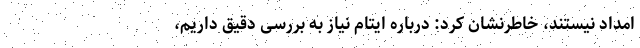
امداد نیستند، خاطرنشان کرد: درباره ایتام نیاز به بررسی دقیق داریم،